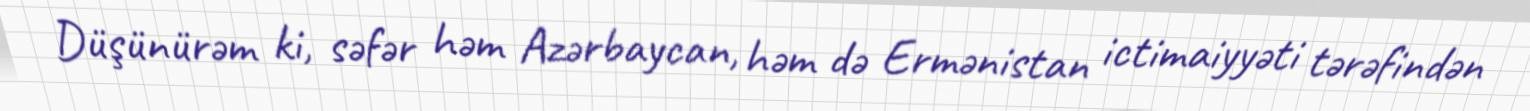
Düşünürəm ki, səfər həm Azərbaycan, həm də Ermənistan ictimaiyyəti tərəfindən